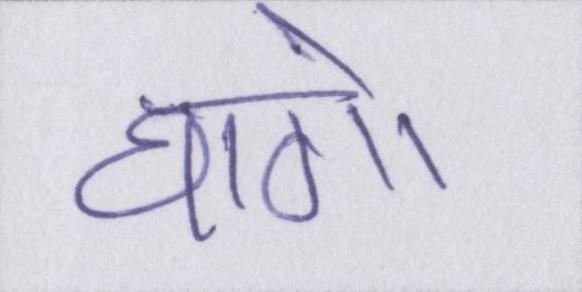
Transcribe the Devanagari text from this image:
धागो